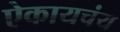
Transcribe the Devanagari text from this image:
ऐकायचंय